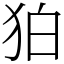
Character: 狛